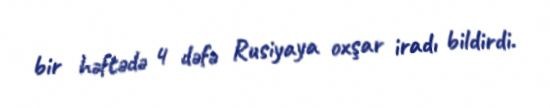
bir həftədə 4 dəfə Rusiyaya oxşar iradı bildirdi.